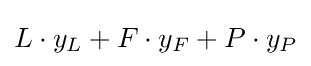
L\cdot y_{L}+F\cdot y_{F}+P\cdot y_{P}